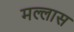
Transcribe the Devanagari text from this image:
मल्लास